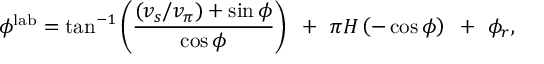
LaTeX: \phi ^ { \mathrm { l a b } } = \tan ^ { - 1 } \left( \frac { ( v _ { s } / v _ { \pi } ) + \sin \phi } { \cos \phi } \right) ~ + ~ \pi H \left( - \cos \phi \right) ~ + ~ \phi _ { r } ,